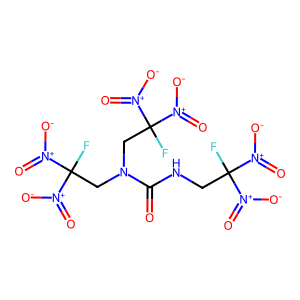
SMILES: O=C(NCC(F)([N+](=O)[O-])[N+](=O)[O-])N(CC(F)([N+](=O)[O-])[N+](=O)[O-])CC(F)([N+](=O)[O-])[N+](=O)[O-]
Inhibits HIV replication: No